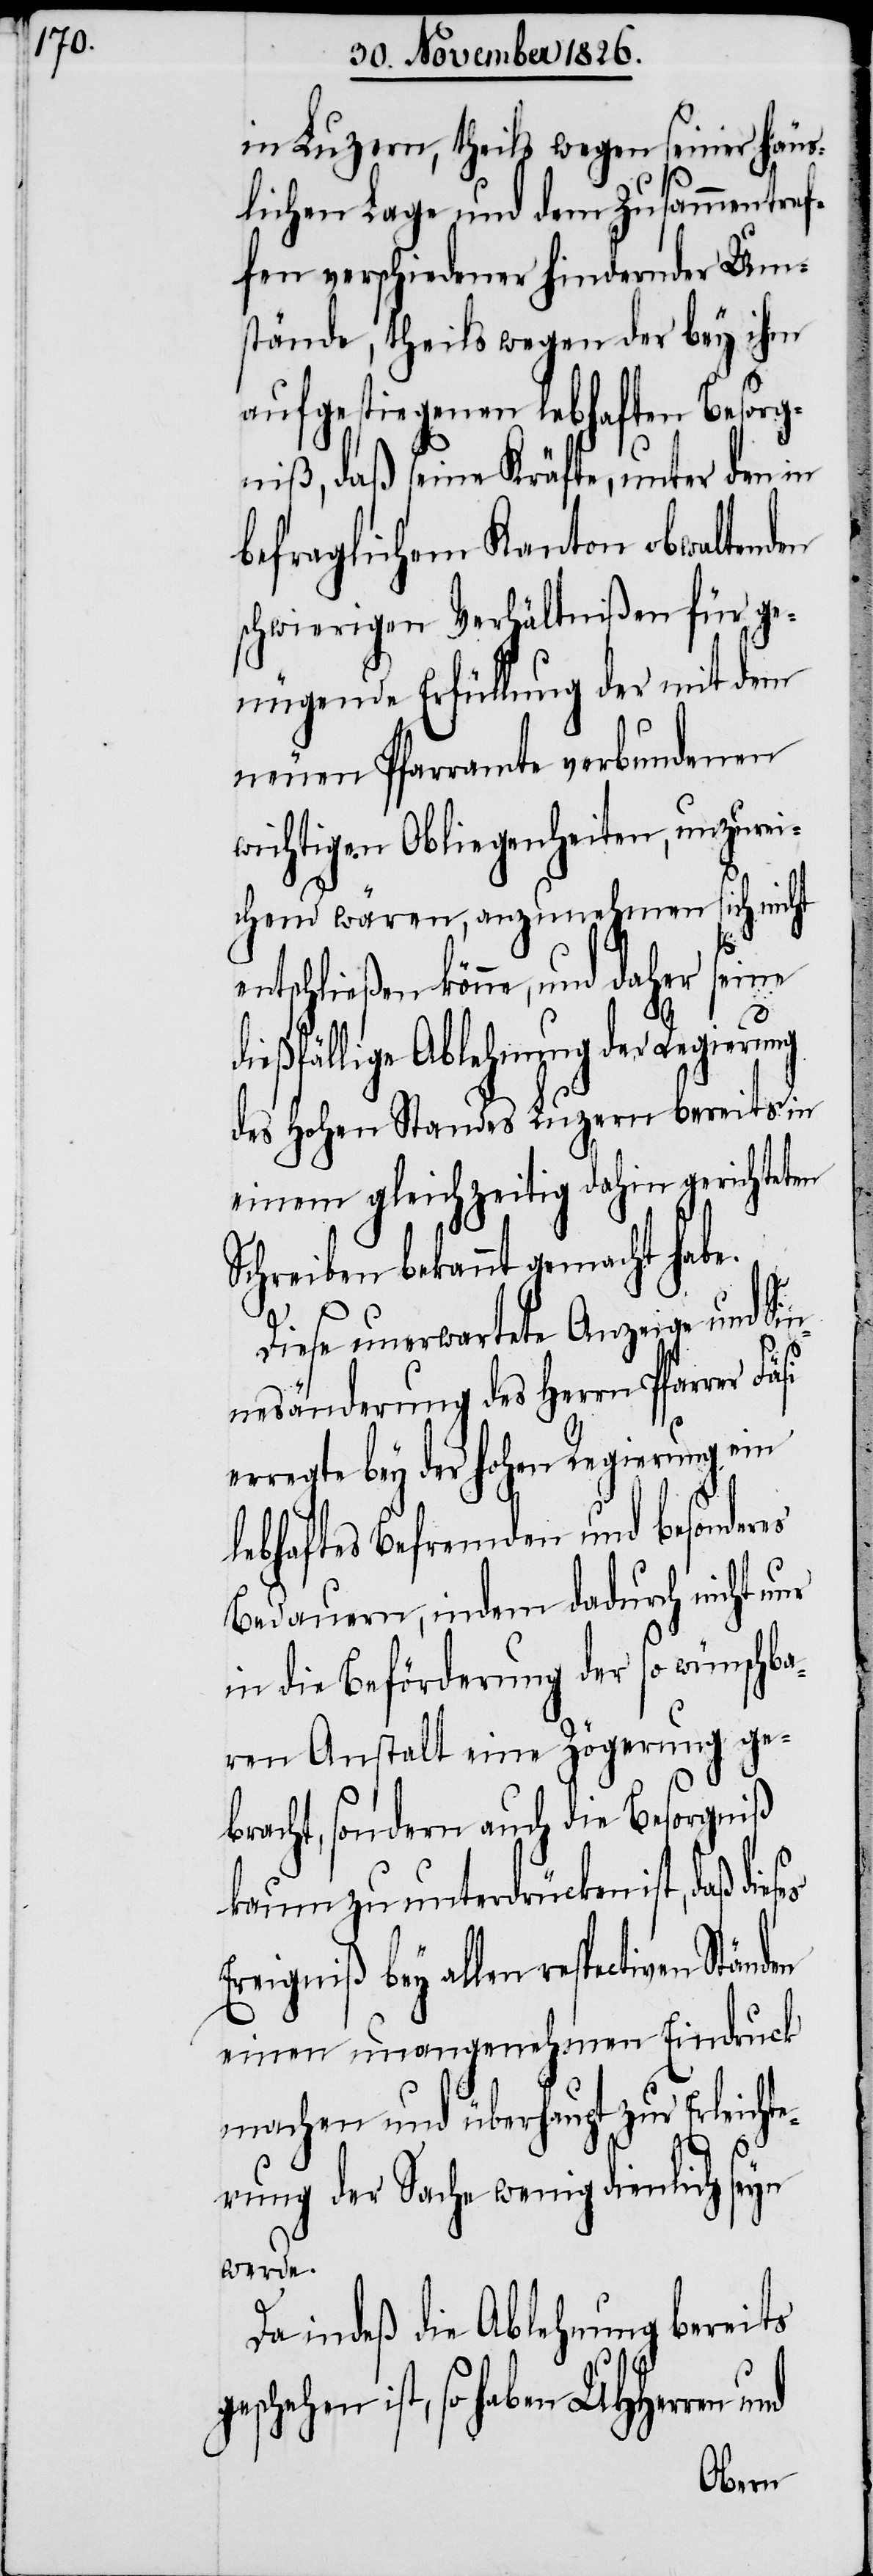
in Luzern, theils wegen seiner häus¬
lichen Lage und dem Zusammentref¬
fen verschiedener hindernder Um¬
stände, theils wegen der bey ihm
aufgestiegenen lebhaften Besorg¬
niß, daß seine Kräfte, unter den in
befraglichem Kanton obwaltenden
schwierigen Verhältnißen für ge¬
nügende Erfüllung der mit dem
neuen Pfarramte verbundenen
wichtigen Obliegenheiten, unzurei¬
chend wären, anzunehmen sich nicht
dießfällige Ablehnung der Regierung
des hohen Standes Luzern bereits in
einem gleichzeitig dahin gerichteten
Schreiben bekannt gemacht habe.
Diese unverwartete Anzeige und Si¬
nnesänderung des Herrn Pfarrer
erregte bey der hohen Regierung ein
lebhaftes Befremden und besonderes
Bedauern, indem dadurch nicht nur
in die Beförderung der so wünschba¬
ren Anstalt eine Zögerung ge¬
bracht, sondern auch die Besorgniß
kaum zu unterdrücken ist, daß
Ereigniß bey allen respectiven
einen unangenehmen Eindruck
machen und überhaupt zur Erleichte¬
rung der Sache wenig dienlich seyn
werde.
Da indeß die Ablehnung bereits
ist, so haben UHHerren